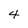
Character: 4